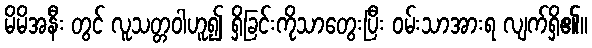
မိမိအနီး တွင် လူသတ္တဝါဟူ၍ ရှိခြင်းကိုသာတွေးပြီး ဝမ်းသာအားရ လျက်ရှိ၏။